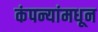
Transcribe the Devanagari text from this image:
कंपन्यांमधून